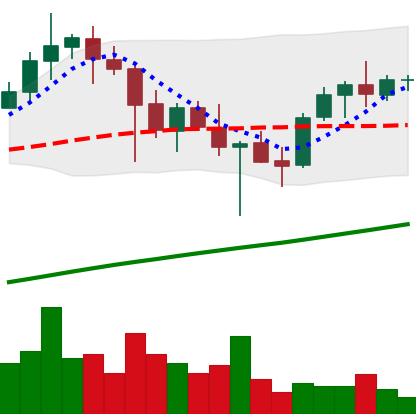
Ticker: ADA-USD
Chart end date: 2021-05-01
Forward return: 21.954%
Label: up_7plus